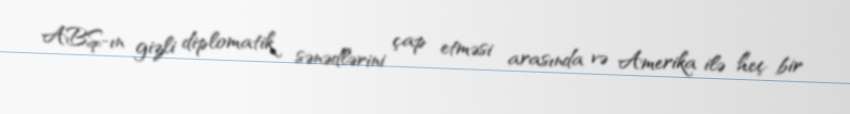
ABŞ-ın gizli diplomatik sənədlərini çap etməsi arasında və Amerika ilə heç bir